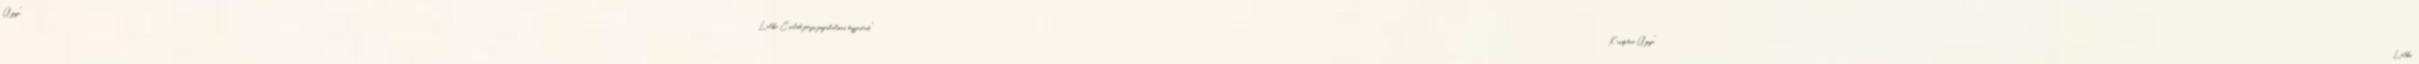
Ügye" Lelki Család férfi fogadalmas tagjaiért "Krisztus Ügye" Lelki